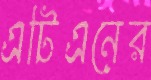
এটিএনের